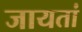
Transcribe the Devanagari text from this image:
जायतां